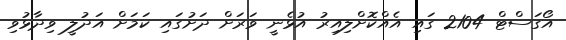
އޯގަސްޓް 2104 ގައި އެއްކޮށްލިއިރު އުޅެނީ ވަރަށް ދަށުގައި ކަމަށް އަދުލީ ވިދާޅުވި